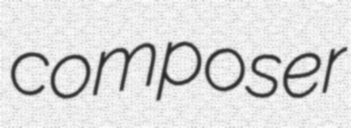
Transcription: composer